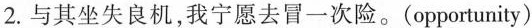
2.与其坐失良机，我宁愿去冒一次险。(opportunity)